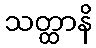
သတ္ထာနိ